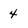
Character: 4